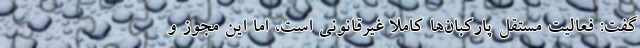
گفت: فعالیت مستقل پارکبان‌ها کاملاً غیرقانونی است، اما این مجوز و